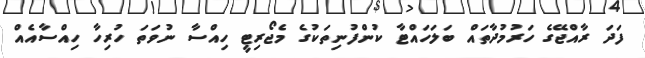
ފަދަ ރާއްޖޭގެ ހަރުމުދާތައް ބަލަހައްޓާ ކުންފުނިތަކުގެ މެޖޯރިޓީ ހިއްސާ ނުވަތަ ހުރިހާ ހިއްސާއެއް